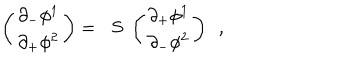
\left( \begin{array} { l } { { \partial _ { - } \phi ^ { 1 } } } \\ { { \partial _ { + } \phi ^ { 2 } } } \\ \end{array} \right) = \; \; S \; \left( \begin{array} { l } { { \partial _ { + } \phi ^ { 1 } } } \\ { { \partial _ { - } \phi ^ { 2 } } } \\ \end{array} \right) \ \ ,